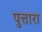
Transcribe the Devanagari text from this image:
पुत्तारा